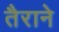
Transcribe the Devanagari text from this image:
तैराने